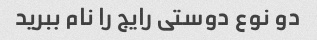
دو نوع دوستی رایج را نام ببرید